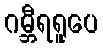
ဂမ္ဘီရရူပေ